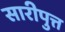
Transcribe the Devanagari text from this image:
सारीपुत्त